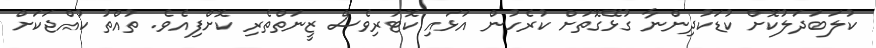
ކުލަބަދަލުކޮށް ކުޑަކުދިންނާ ގުޅޭގޮތަށް ކުރެހުން އަޅައި ކޮޓަރިވެސް ޒީނަތްތެރި ކޮށްފިއެވެ. ތުއްތު ކުއްޖަކަށް